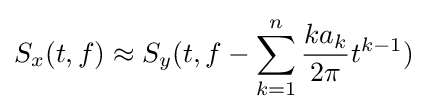
S_{x}(t,f)\approx S_{y}(t,f-\sum \limits _{k=1}^{n}{\frac {ka_{k}}{2\pi }}t^{k-1})